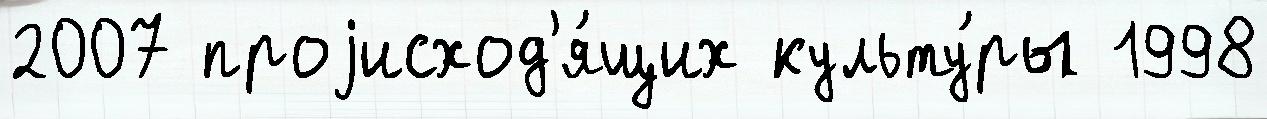
2007 проjисход'я́щих культу́ры 1998